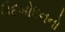
ઉદબોધનનો